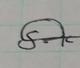
Signature authenticity: genuine